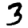
Digit: 3